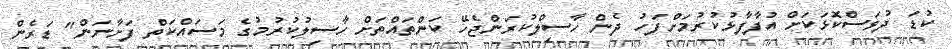
ކުޑަ ދުވަސްކޮޅަކަށް އުފާފާޅުކުރުމަށްފަހު ދެން ހާސިލްކުރަންޖެހޭ ކަންތައްތަށް ހާސިލުކުރުމުގެ މަސައްކަތް ފަށާނަން" ޑަރެން